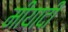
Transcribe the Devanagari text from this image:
मीयादी